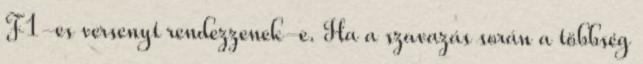
F1-es versenyt rendezzenek-e. Ha a szavazás során a többség